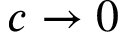
c \rightarrow 0